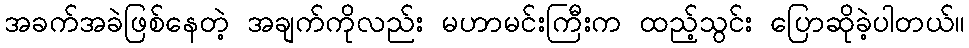
အခက်အခဲဖြစ်နေတဲ့ အချက်ကိုလည်း မဟာမင်းကြီးက ထည့်သွင်း ပြောဆိုခဲ့ပါတယ်။